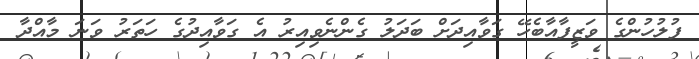
ފުލުހުންގެ ވަޒީފާއާބެހޭ ގަވާއިދަށް ބަދަލު ގެންނެވިއިރު އެ ގަވާއިދުގެ ހަތަރު ވަނަ މާއްދާ